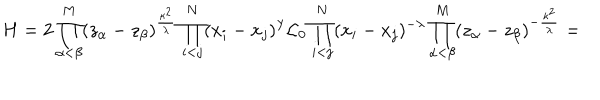
H = 2 \prod _ { \alpha < \beta } ^ { M } ( z _ { \alpha } - z _ { \beta } ) ^ { \frac { \kappa ^ { 2 } } { \lambda } } \prod _ { i < j } ^ { N } ( x _ { i } - x _ { j } ) ^ { \lambda } { \cal L } _ { 0 } \prod _ { i < j } ^ { N } ( x _ { i } - x _ { j } ) ^ { - \lambda } \prod _ { \alpha < \beta } ^ { M } ( z _ { \alpha } - z _ { \beta } ) ^ { - \frac { \kappa ^ { 2 } } { \lambda } } =